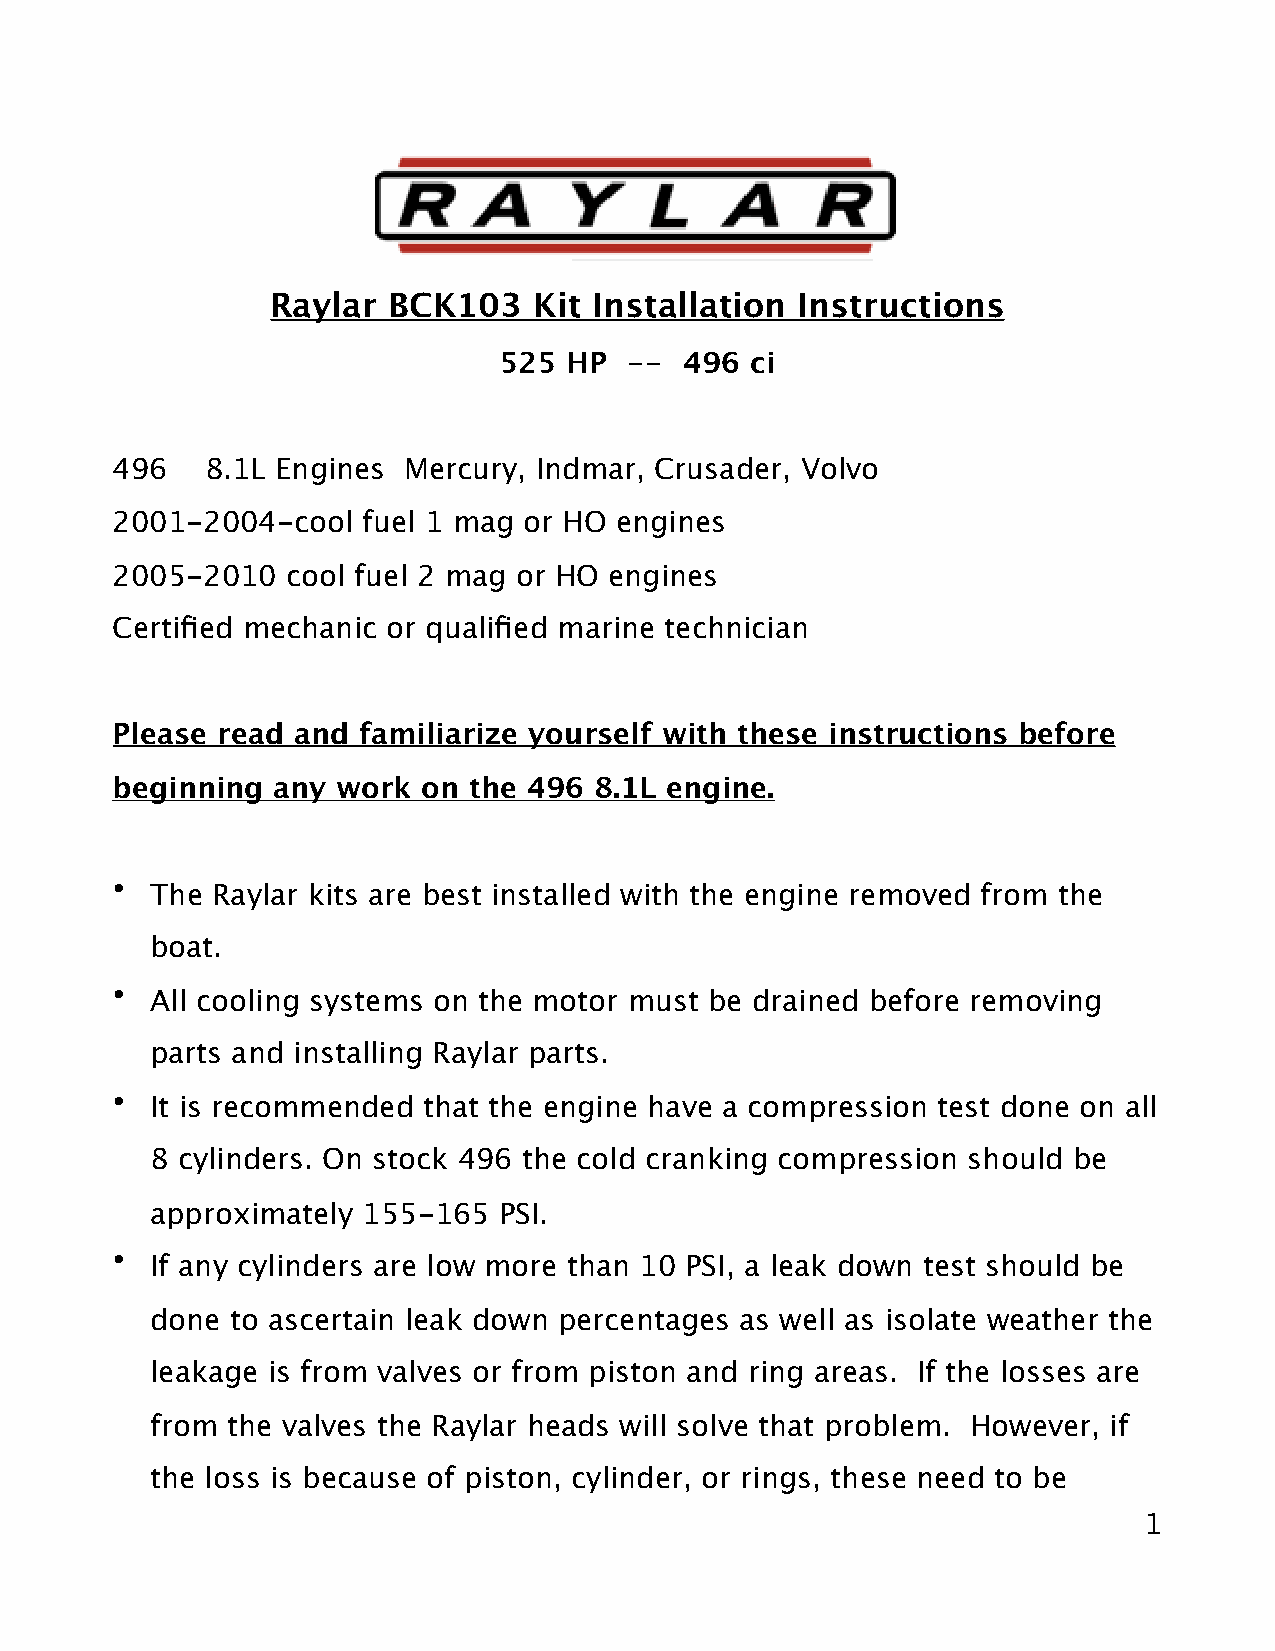
Raylar  BCK103   Kit Installation  Instructions
 525  HP --  496  ci
 496    8.1L Engines Mercury, Indmar, Crusader, Volvo
 2001-2004-cool   fuel 1 mag or HO engines
 2005-2010   cool fuel 2 mag or HO engines
 Certified mechanic or qualified marine technician
 Please read and  familiarize yourself with these instructions before
 beginning  any work  on the 496 8.1L engine.
 •  The Raylar kits are best installed with the engine removed from the
 boat.
 •  All cooling systems on the motor must be drained before removing
 parts and installing Raylar parts.
 •  It is recommended that the engine have a compression test done on all
 8 cylinders. On stock 496 the cold cranking compression should be
 approximately 155-165  PSI.
 •  If any cylinders are low more than 10 PSI, a leak down test should be
 done to ascertain leak down percentages as well as isolate weather the
 leakage is from valves or from piston and ring areas. If the losses are
 from the valves the Raylar heads will solve that problem. However, if
 the loss is because of piston, cylinder, or rings, these need to be
 1